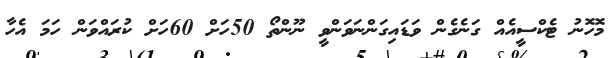
މޮހޮނު ޓެކްސީއެއް ގަނެގެން ވަޑައިގަންނަވަންވީ ނޫންތޯ 50ހަށް 60ހަށް ކުރައްވަން ހަމަ އެހާ